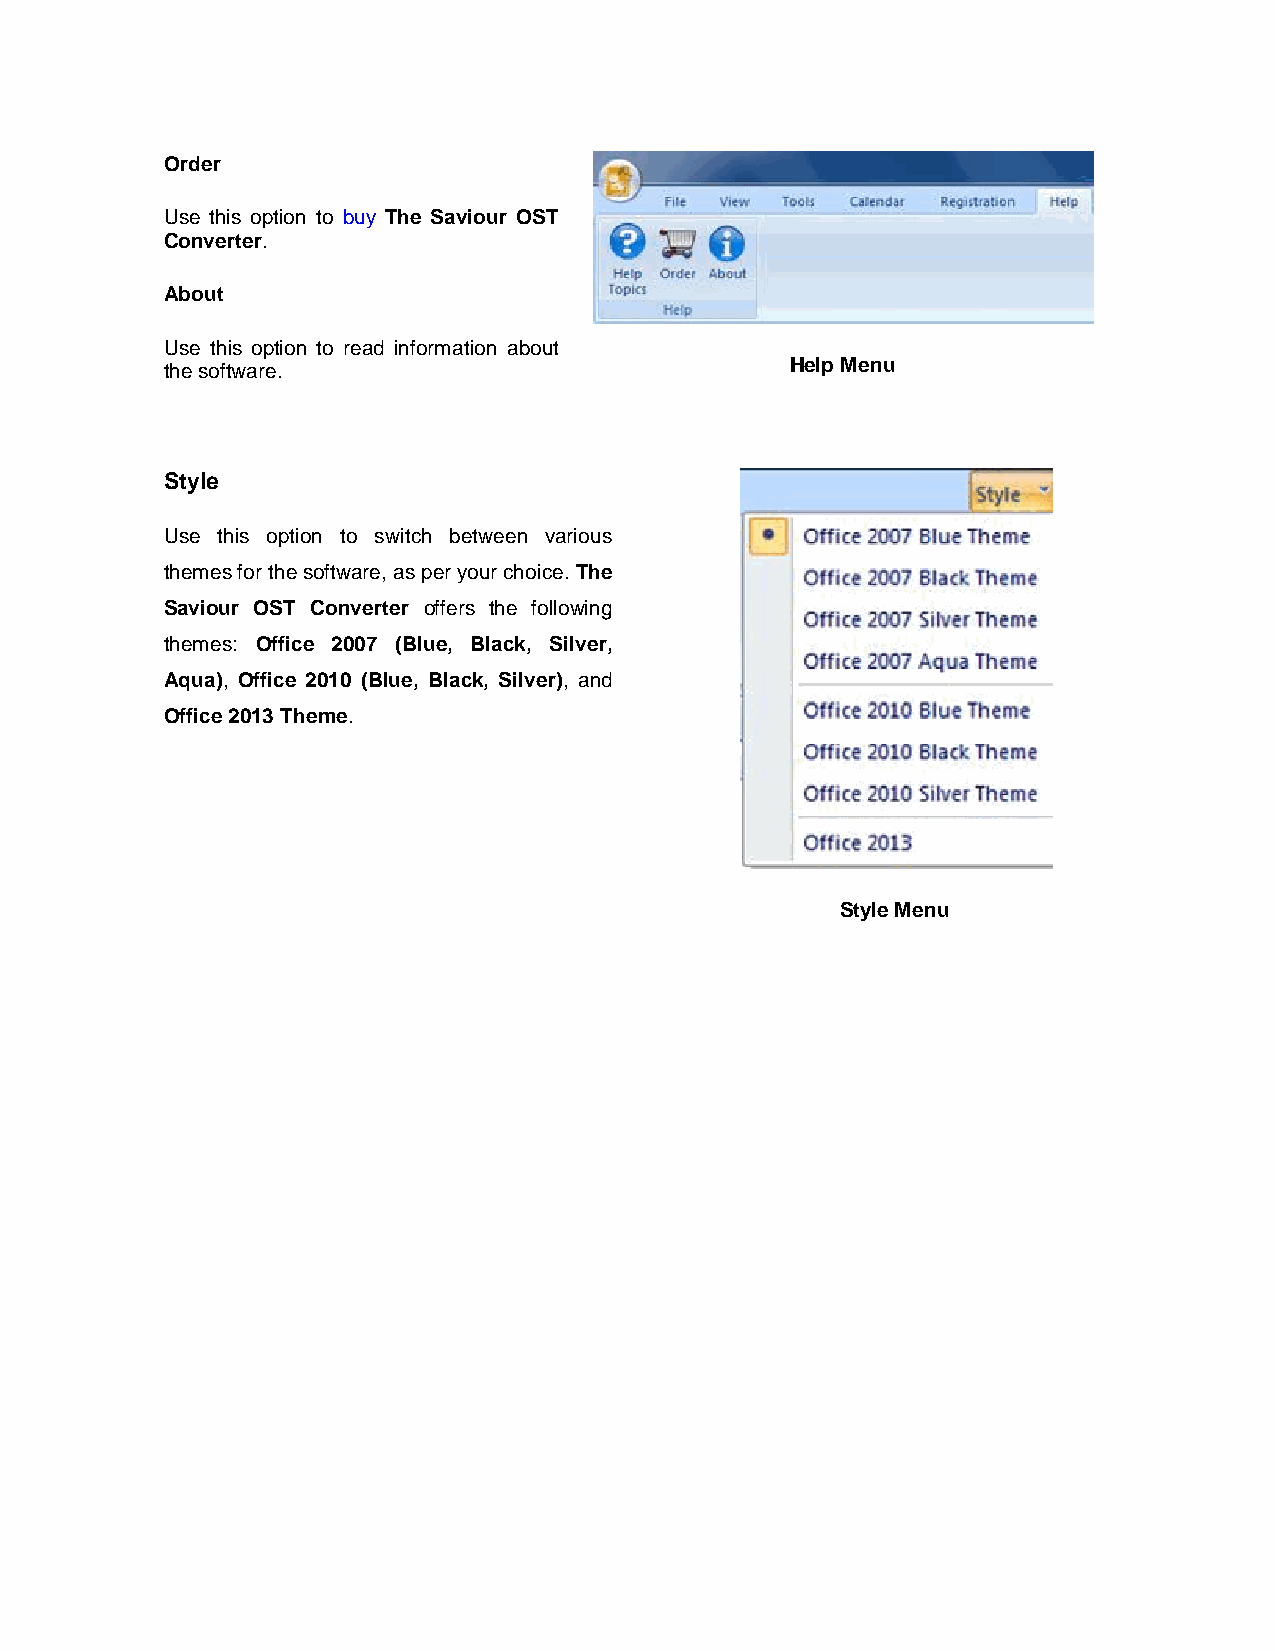
Order
 Use this option to buy The Saviour OST
 Converter.
 About
 Use this option to read information about
 Help Menu
 the software.
 Style
 Use this option to switch between various
 themes for the software, as per your choice. The
 Saviour OST Converter offers the following
 themes: Office 2007 (Blue, Black, Silver,
 Aqua), Office 2010 (Blue, Black, Silver), and
 Office 2013 Theme.
 Style Menu